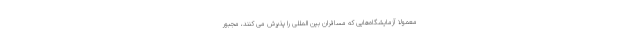
معمولا آزمایشگاه‌هایی که مسافران بین المللی را پذیرش می کنند، مجبور